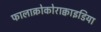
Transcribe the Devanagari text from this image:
फालाक्रोकोराक्वाइडिया